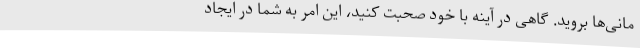
مانی‌ها بروید. گاهی در آینه با خود صحبت کنید، این امر به شما در ایجاد